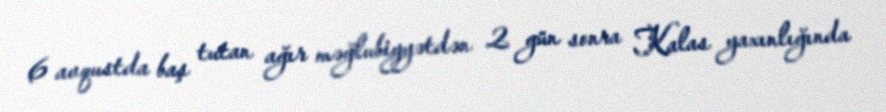
6 avqustda baş tutan ağır məğlubiyyətdən 2 gün sonra Kalas yaxınlığında